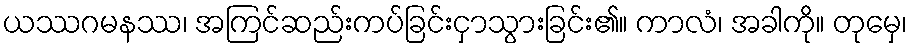
ယဿဂမနဿ၊ အကြင်ဆည်းကပ်ခြင်းငှာသွားခြင်း၏။ ကာလံ၊ အခါကို။ တုမှေ၊